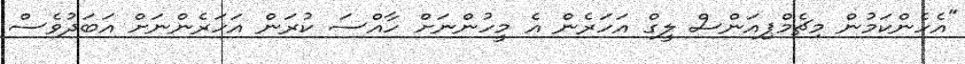
"އެހެންކަމުން މިޗެމްޕިއަންސް ލީގް އަހަރެން އެ މީހުންނަށް ހާއްސަ ކުރަން އަހަރެންނަށް އަބަދުވެސް